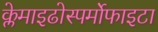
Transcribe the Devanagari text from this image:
क्लेमाइढोस्पर्मोफाइटा